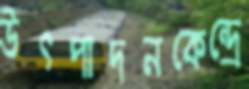
উৎপাদনকেন্দ্রে